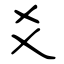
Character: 爻